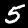
Label: 5